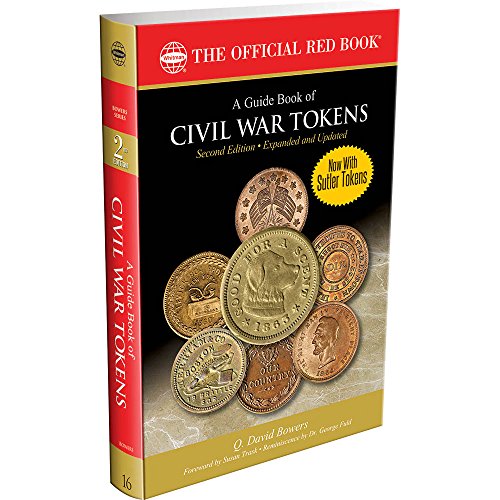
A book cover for A Guide Book of Civil War Tokens, Second Edition; Q. David Bowers; Crafts, Hobbies & Home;